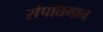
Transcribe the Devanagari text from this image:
संपत्तिमान